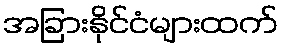
အခြားနိုင်ငံများထက်